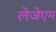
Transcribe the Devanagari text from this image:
लेजेएम